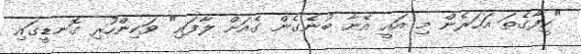
"ކީފާގެތަ އަހަރެން މި އައީ އޭނާ ބުނެގެން ގެއަށް ލާފައި" ވަކިންހުރި ގޮނޑީގައި